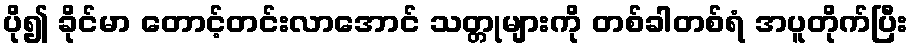
ပို၍ ခိုင်မာ တောင့်တင်းလာအောင် သတ္တုများကို တစ်ခါတစ်ရံ အပူတိုက်ပြီး